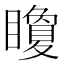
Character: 矎